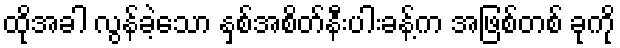
ထိုအခါ လွန်ခဲ့သော နှစ်အစိတ်နီးပါးခန့်က အဖြစ်တစ် ခုကို